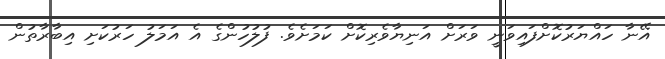
އޭނާ ހައްޔަރުކޮށްފައިވަނީ ވަރަށް އަނިޔާވެރިކޮށް ކަމަށެވެ. ފުލުހުންގެ އެ އަމަލު ހަރުކަށި އިބާރާތުން